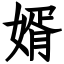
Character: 婿